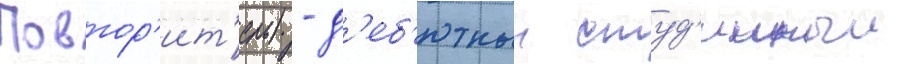
Повтор'ит'ель) - д'еб'ютныи студ'ииныи